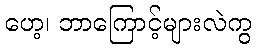
ဟေ့၊ ဘာကြောင့်များလဲကွ